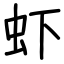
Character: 虾